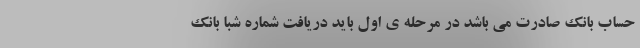
حساب بانک صادرت می باشد در مرحله ی اول باید دریافت شماره شبا بانک